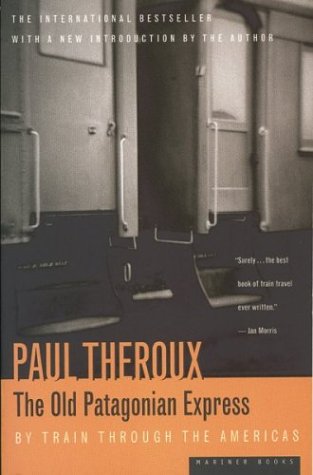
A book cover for The Old Patagonian Express: By Train Through the Americas; Paul Theroux; Engineering & Transportation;